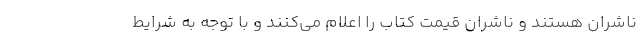
ناشران هستند و ناشران قیمت کتاب را اعلام می‌کنند و با توجه به شرایط